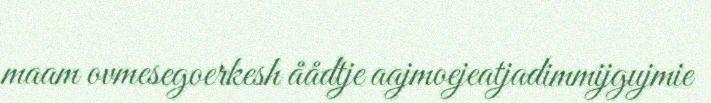
maam ovmesegoerkesh åådtje aajmoejeatjadimmijgujmie